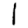
Digit: 1